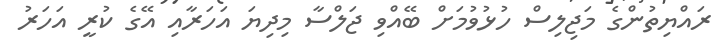
ރައްޔިތުންގެ މަޖިލިސް ހުޅުވުމަށް ބޭއްވި ޖަލްސާ މިދިޔަ އަހަރާއި އޭގެ ކުރީ އަހަރު